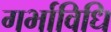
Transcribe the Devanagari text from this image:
गर्भाविधि